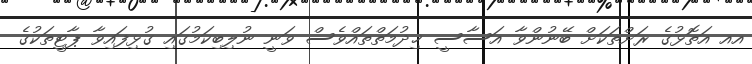
އއ އަތޮޅުގެ ރަށްތަކަށް ބޭނުންވާ އަސާސީ ޚިދުމަތްތައްވެސް ވަނީ ނުލިބިކަމުގައި ގުޅިފައިވާ ޕާޓީތަކުގެ